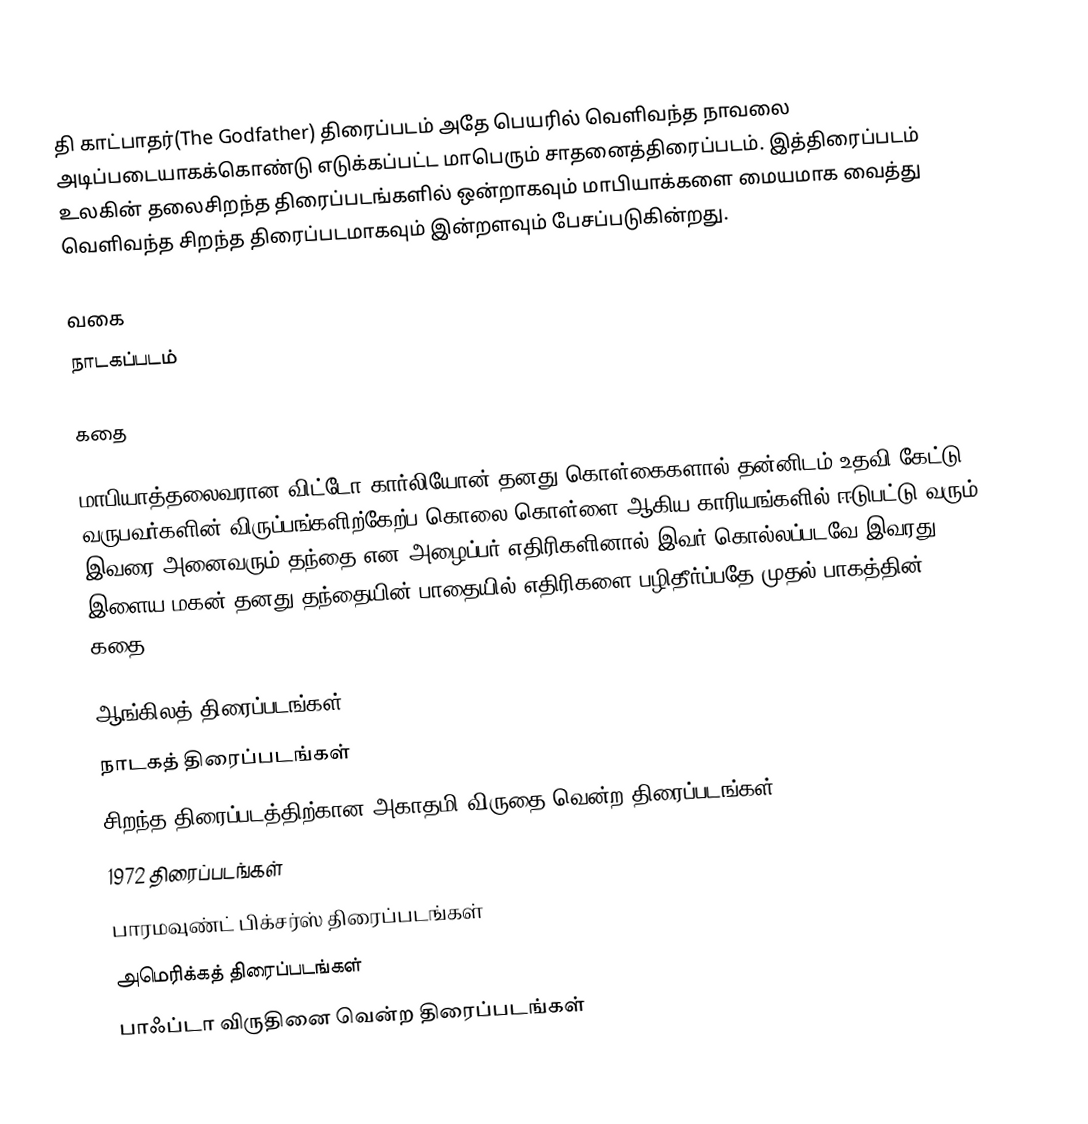
தி காட்பாதர்(The Godfather) திரைப்படம் அதே பெயரில் வெளிவந்த நாவலை அடிப்படையாகக்கொண்டு எடுக்கப்பட்ட மாபெரும் சாதனைத்திரைப்படம். இத்திரைப்படம் உலகின் தலைசிறந்த திரைப்படங்களில் ஒன்றாகவும் மாபியாக்களை மையமாக வைத்து வெளிவந்த சிறந்த திரைப்படமாகவும் இன்றளவும் பேசப்படுகின்றது.

வகை
நாடகப்படம்

கதை

மாபியாத்தலைவரான விட்டோ கார்லியோன் தனது கொள்கைகளால் தன்னிடம் உதவி கேட்டு வருபவர்களின் விருப்பங்களிற்கேற்ப கொலை கொள்ளை ஆகிய காரியங்களில் ஈடுபட்டு வரும் இவரை அனைவரும் தந்தை என அழைப்பர்.எதிரிகளினால் இவர் கொல்லப்படவே இவரது இளைய மகன் தனது தந்தையின் பாதையில் எதிரிகளை பழிதீர்ப்பதே முதல் பாகத்தின் கதை.

ஆங்கிலத் திரைப்படங்கள்
நாடகத் திரைப்படங்கள்
சிறந்த திரைப்படத்திற்கான அகாதமி விருதை வென்ற திரைப்படங்கள்
1972 திரைப்படங்கள்
பாரமவுண்ட் பிக்சர்ஸ் திரைப்படங்கள்
அமெரிக்கத் திரைப்படங்கள்
பாஃப்டா விருதினை வென்ற திரைப்படங்கள்